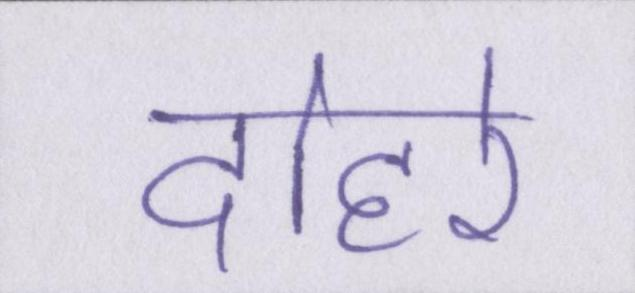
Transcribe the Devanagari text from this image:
दोहरे